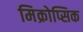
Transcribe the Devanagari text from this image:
मिक्रोप्सिक